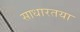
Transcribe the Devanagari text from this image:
साधारतया